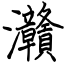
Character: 灨